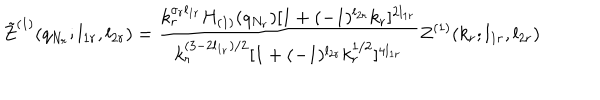
\tilde { Z } ^ { ( 1 ) } ( q _ { N _ { r } } ; l _ { 1 r } , l _ { 2 r } ) = \frac { k _ { r } ^ { \sigma _ { r } l _ { 1 r } } H _ { ( 1 ) } ( q _ { N _ { r } } ) [ 1 + ( - 1 ) ^ { l _ { 2 r } } k _ { r } ] ^ { 2 l _ { 1 r } } } { k _ { r } ^ { ( 3 - 2 l _ { 1 _ { r } } ) / 2 } [ 1 + ( - 1 ) ^ { l _ { 2 r } } k _ { r } ^ { 1 / 2 } ] ^ { 4 l _ { 1 r } } } Z ^ { ( 1 ) } ( k _ { r } ; l _ { 1 r } , l _ { 2 r } )